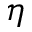
\eta